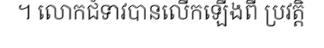
។ លោកជំទាវបានលើកឡើងពី ប្រវត្តិ